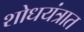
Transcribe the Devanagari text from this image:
शोधयंत्रात